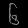
Digit: ၆